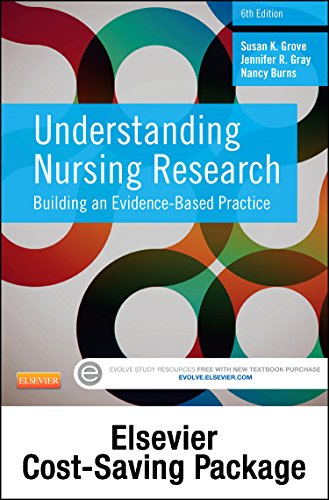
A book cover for Understanding Nursing Research - Text and Study Guide Package: Building an Evidence-Based Practice, 6e; Susan K. Grove PhD  RN  ANP-BC  GNP-BC; Medical Books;